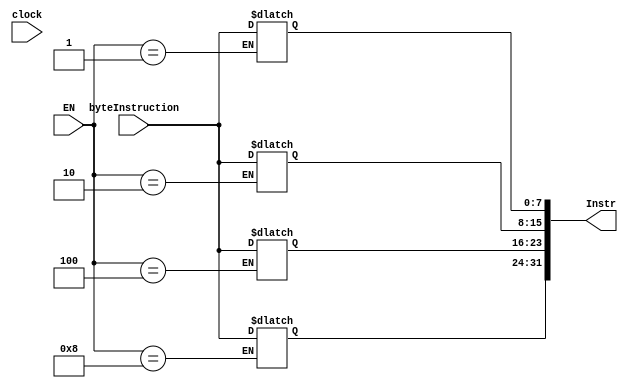
`timescale 1ns / 1ps
//////////////////////////////////////////////////////////////////////////////////
// Company: 
// Engineer: 
// 
// Design Name: 
// Module Name:    InstructionRegister 
// Project Name: 
// Target Devices: 
// Tool versions: 
// Description: 
//
// Dependencies: 
//
// Revision: 
// Revision 0.01 - File Created
// Additional Comments: 
//
//////////////////////////////////////////////////////////////////////////////////
module InstructionRegister(
    input [3:0] EN,	//Here the EN is the address to point where the 8 bit instruction is to be written. IRWrite from CU will go here.
    input clock,
    input [7:0] byteInstruction,
    output reg [31:0] Instr
    );
	 /*For EN
	 if EN=0001 then the Least Significant 8 bits of the intruction will be written to Instr[7:0].
	 if EN=1000 then the Most Significant 8 bits of the intruction will be written to Instr[31:24].
	 Actually this register is sort of like a 4 byte memory.*/
	 always @(*)	//Main always block.
	 begin
		//Putting a case for EN.
		case (EN)
			4'b0001  : 	begin
							Instr[7:0]=byteInstruction;
							end
			4'b0010  : 	begin
							Instr[15:8]=byteInstruction;
							end
			4'b0100  : 	begin
							Instr[23:16]=byteInstruction;
							end
			4'b1000  : 	begin
							Instr[31:24]=byteInstruction;
							end
		endcase
	 end
endmodule